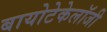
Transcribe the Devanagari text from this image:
बायोटेकेलॉजी